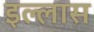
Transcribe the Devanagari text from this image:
इल्लास